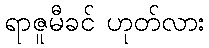
ရာဇူမီခင် ဟုတ်လား